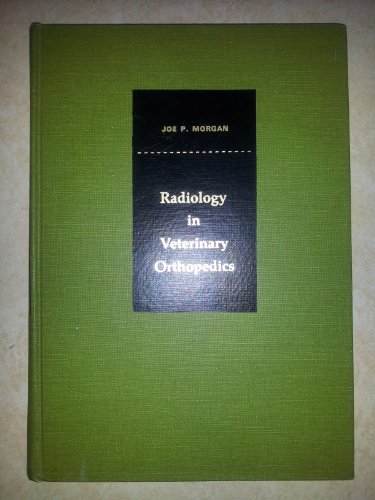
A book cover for Radiology in veterinary orthopedics; Joe P Morgan; Medical Books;